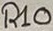
Text: R10